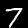
Label: 7